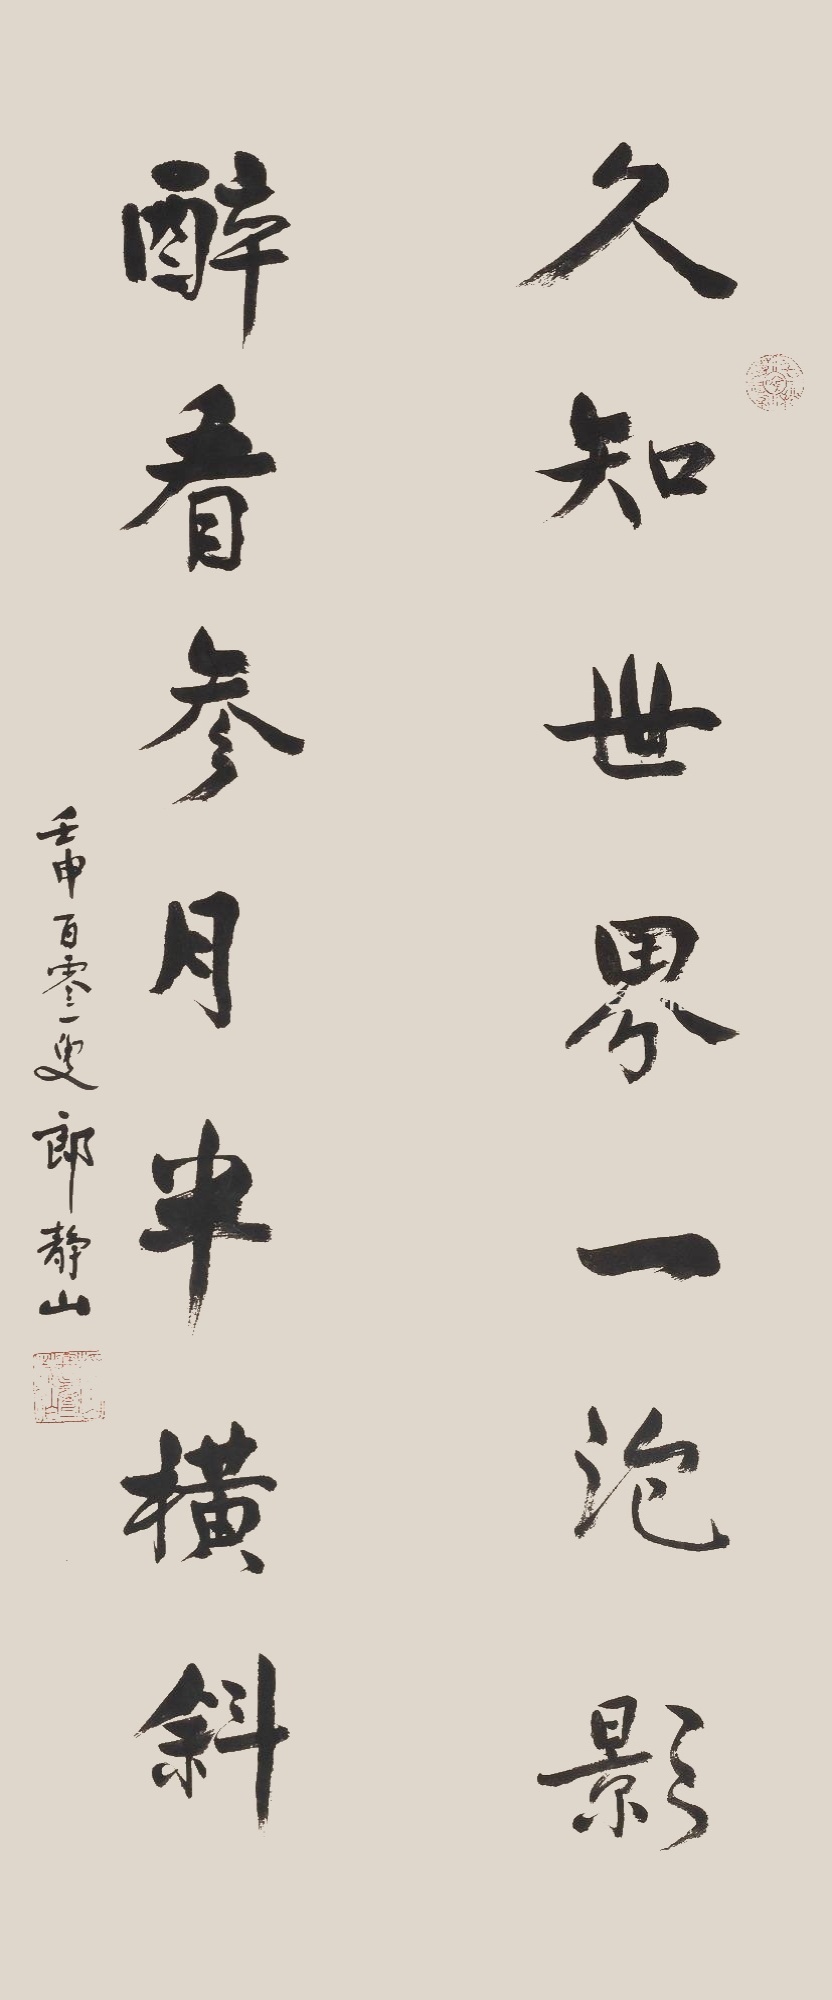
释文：久知世界一泡影，醉看参月半横斜。壬申百零一叟，郎静山。